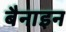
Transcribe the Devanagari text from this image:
बैनाइन